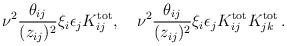
LaTeX: \begin{align*}\nu^2{\theta_{ij}\over (z_{ij})^2}\xi_i\epsilon_jK_{ij}^{\rm tot},\quad\nu^2 {\theta_{ij}\over (z_{ij})^2}\xi_i\epsilon_j K_{ij}^{\rm tot}K_{jk}^{\rm tot}\,.\end{align*}